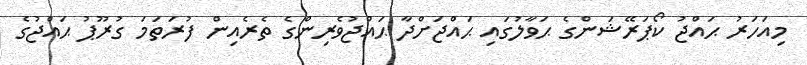
މިއަހަރު ޙައްޖު ކޯޕަރޭޝަންގެ ޙަވާލުގައި ޙައްޖަށްދާ ޙައްޖުވެރިންގެ ތެރެއިން ފުރަތަމަ ގުރޫޕު ޙައްޖުގެ